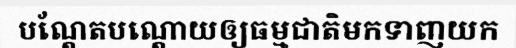
បណ្តែតបណ្តោយឲ្យធម្មជាតិមកទាញយក